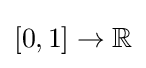
{\textstyle [0,1]\to \mathbb {R} }